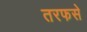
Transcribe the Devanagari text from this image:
तरफसे